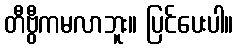
တီဗွီကမလာဘူး။ ပြင်ပေးပါ။